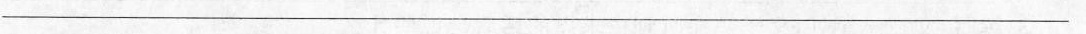
___